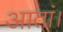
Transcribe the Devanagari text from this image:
आतां।